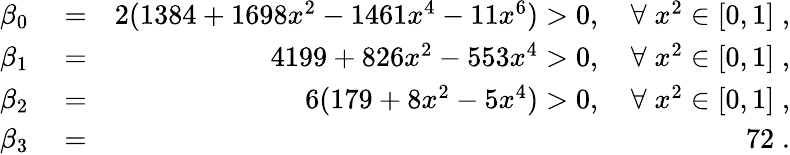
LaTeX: \begin{array}{rlr}{\beta_{0}}&{{}=}&{2(1384+1698x^{2}-1461x^{4}-11x^{6})>0,\quad\forall\; x^{2}\in[0,1]\; ,}\\ {\beta_{1}}&{{}=}&{4199+826x^{2}-553x^{4}>0,\quad\forall\; x^{2}\in[0,1]\; ,}\\ {\beta_{2}}&{{}=}&{6(179+8x^{2}-5x^{4})>0,\quad\forall\; x^{2}\in[0,1]\; ,}\\ {\beta_{3}}&{{}=}&{72\; .}\end{array}